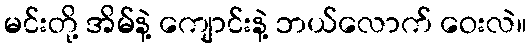
မင်းတို့ အိမ်နဲ့ ကျောင်းနဲ့ ဘယ်လောက် ဝေးလဲ။